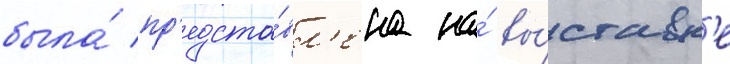
была́ пр'едста́вл'ена на́ вы́ставк'е